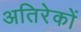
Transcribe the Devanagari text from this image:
अतिरेकों